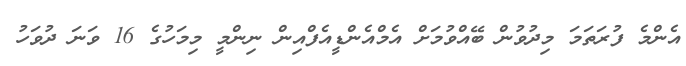
އެންމެ ފުރަތަމަ މިދުވުން ބޭއްވުމަށް އެމްއެންޑީއެފްއިން ނިންމީ މިމަހުގެ 16 ވަނަ ދުވަހު